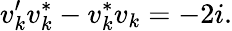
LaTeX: v_{k}^{\prime}v_{k}^{*}-v_{k}^{*}v_{k}=-2i.